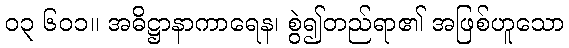
၀၃ ၆၀၁။ အဓိဋ္ဌာနာကာရေန၊ စွဲ၍တည်ရာ၏ အဖြစ်ဟူသော